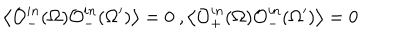
LaTeX: \left< \mathcal { O } _ { - } ^ { i n } ( \Omega ) \mathcal { O } _ { - } ^ { i n } ( \Omega ^ { \prime } ) \right> = 0 \ , \left< \mathcal { O } _ { + } ^ { i n } ( \Omega ) \mathcal { O } _ { - } ^ { i n } ( \Omega ^ { \prime } ) \right> = 0